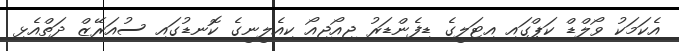
އެކަމަކު ވޯލްޑް ކަޕްގައި އިޓަލީގެ ޑިފެންޑަރު ޖިއޯޖިއޯ ކިއެލީނީގެ ކޮނޑުގައި ސުއަރޭޒް ދަތްއެޅި